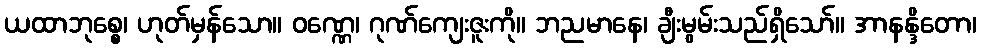
ယထာဘုစ္စေ၊ ဟုတ်မှန်သော။ ဝဏ္ဏေ၊ ဂုဏ်ကျေးဇူးကို။ ဘညမာနေ၊ ချီးမွမ်းသည်ရှိသော်။ အာနန္ဒိတော၊